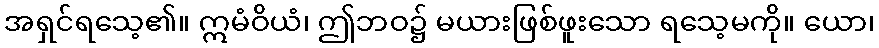
အရှင်ရသေ့၏။ ဣမံဝိယံ၊ ဤဘဝ၌ မယားဖြစ်ဖူးသော ရသေ့မကို။ ယော၊